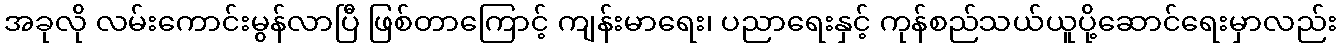
အခုလို လမ်းကောင်းမွန်လာပြီ ဖြစ်တာကြောင့် ကျန်းမာရေး၊ ပညာရေးနှင့် ကုန်စည်သယ်ယူပို့ဆောင်ရေးမှာလည်း